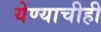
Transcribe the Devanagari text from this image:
येण्याचीही